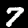
Digit: 7